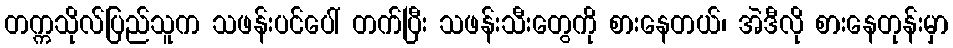
တက္ကသိုလ်ပြည်သူက သဖန်းပင်ပေါ် တက်ပြီး သဖန်းသီးတွေကို စားနေတယ်၊ အဲဒီလို စားနေတုန်းမှာ